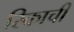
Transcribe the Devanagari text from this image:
रिकाची